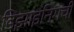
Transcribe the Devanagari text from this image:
डिझाइनिंगची